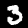
Label: 3